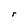
Character: r